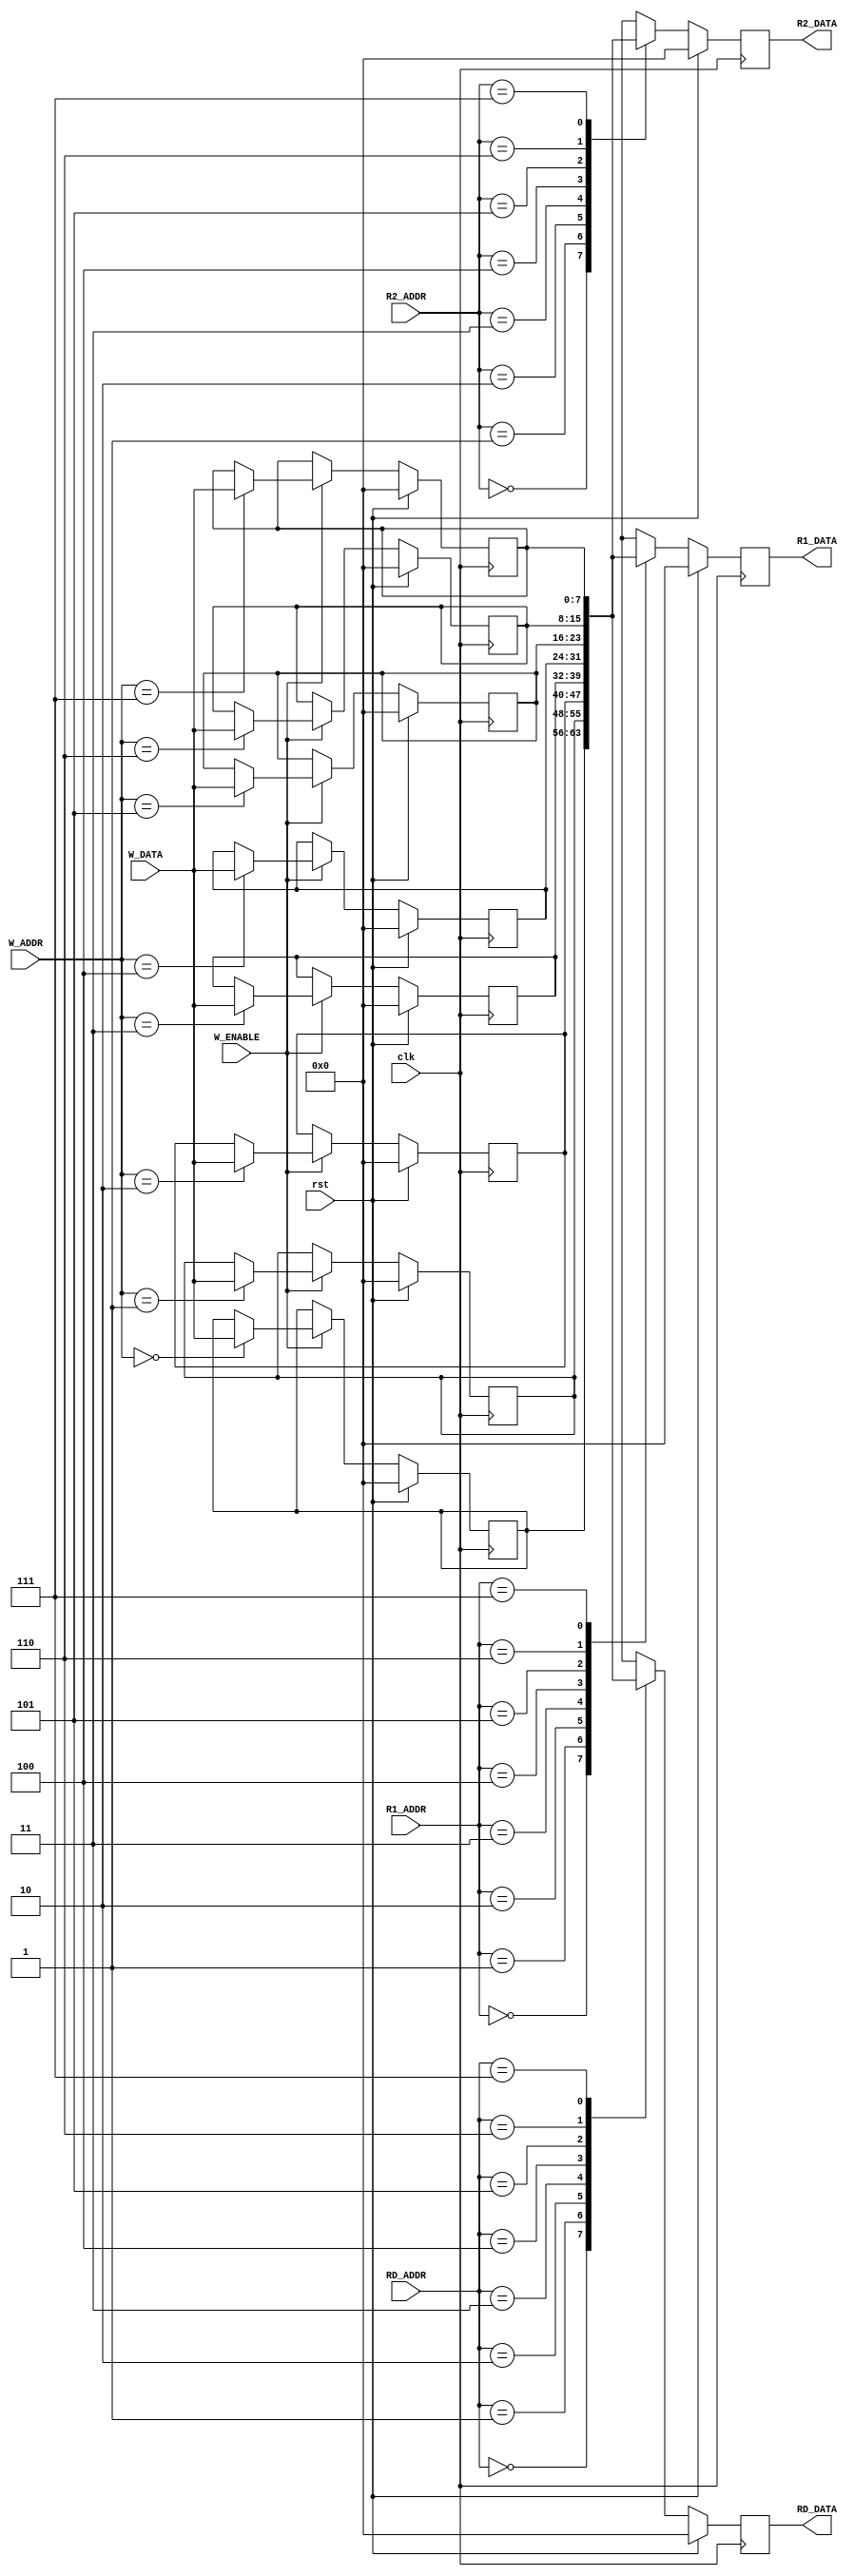
module REGISTER_FILE (
	output 	reg 	[7:0] 	R1_DATA,
	output 	reg 	[7:0] 	R2_DATA,
	output 	reg 	[7:0] 	RD_DATA,
	input 			[2:0] 	R1_ADDR,
	input 			[2:0] 	R2_ADDR,
	input 			[2:0] 	RD_ADDR,	
	input 			[2:0] 	W_ADDR,
	input 			[7:0] 	W_DATA,
	input					W_ENABLE,
	input					rst,	
	input 					clk);

	parameter	r0 = 3'b000,
				r1 = 3'b001,
				r2 = 3'b010,
				r3 = 3'b011,
				r4 = 3'b100,
				r5 = 3'b101,
				r6 = 3'b110,
				r7 = 3'b111;

	reg [7:0] 	IR0;
	reg	[7:0] 	IR1;
	reg	[7:0] 	IR2;
	reg	[7:0] 	IR3;
	reg	[7:0] 	IR4;
	reg	[7:0] 	IR5;
	reg	[7:0] 	IR6; 
	reg	[7:0] 	IR7;

always @(posedge clk)
	if (rst) begin
			IR0 <= 0;
			IR1 <= 0;
			IR2 <= 0;
			IR3 <= 0;
			IR4 <= 0;
			IR5 <= 0;
			IR6 <= 0;
			IR7 <= 0;
	end else if (W_ENABLE)
		case (W_ADDR)
			r0: IR0 <= W_DATA;
			r1: IR1 <= W_DATA;
			r2: IR2 <= W_DATA;
			r3: IR3 <= W_DATA;
			r4: IR4 <= W_DATA;
			r5: IR5 <= W_DATA;
			r6: IR6 <= W_DATA;
			r7: IR7 <= W_DATA;
		endcase
	else
		case (W_ADDR)
			r0: IR0 <= IR0;
			r1: IR1 <= IR1;
			r2: IR2 <= IR2;
			r3: IR3 <= IR3;
			r4: IR4 <= IR4;
			r5: IR5 <= IR5;
			r6: IR6 <= IR6;
			r7: IR7 <= IR7;
		endcase

always @(posedge clk)
	if (rst)
		R1_DATA <= 0;
	else
		case (R1_ADDR)
			r0: R1_DATA	<= IR0;
			r1: R1_DATA	<= IR1; 
			r2: R1_DATA	<= IR2; 
			r3: R1_DATA	<= IR3;
			r4: R1_DATA	<= IR4;
			r5: R1_DATA	<= IR5;
			r6: R1_DATA	<= IR6;
			r7: R1_DATA	<= IR7;
		endcase

always @(posedge clk)
	if (rst)
		R2_DATA <= 0;
	else
		case (R2_ADDR)
			r0: R2_DATA	<= IR0;
			r1: R2_DATA	<= IR1; 
			r2: R2_DATA	<= IR2; 
			r3: R2_DATA	<= IR3;
			r4: R2_DATA	<= IR4;
			r5: R2_DATA	<= IR5;
			r6: R2_DATA	<= IR6;
			r7: R2_DATA	<= IR7;
		endcase

always @(posedge clk)
	if (rst)
		RD_DATA <= 0;
	else
		case (RD_ADDR)
			r0: RD_DATA	<= IR0;
			r1: RD_DATA	<= IR1; 
			r2: RD_DATA	<= IR2; 
			r3: RD_DATA	<= IR3;
			r4: RD_DATA	<= IR4;
			r5: RD_DATA	<= IR5;
			r6: RD_DATA	<= IR6;
			r7: RD_DATA	<= IR7;
		endcase
endmodule